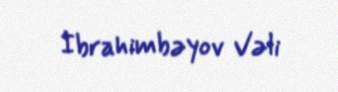
İbrahimbəyov Vəli